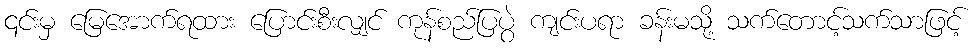
၎င်းမှ မြေအောက်ရထား ပြောင်းစီးလျှင် ကုန်စည်ပြပွဲ ကျင်းပရာ ခန်းမသို့ သက်တောင့်သက်သာဖြင့်